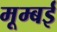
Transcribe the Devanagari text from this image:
मूम्बई